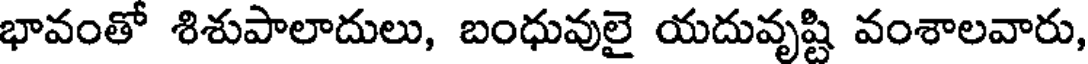
భావంతో శిశుపాలాదులు, బంధువులై యదువృష్టి వంశాలవారు,